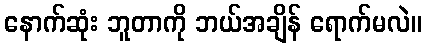
နောက်ဆုံး ဘူတာကို ဘယ်အချိန် ရောက်မလဲ။